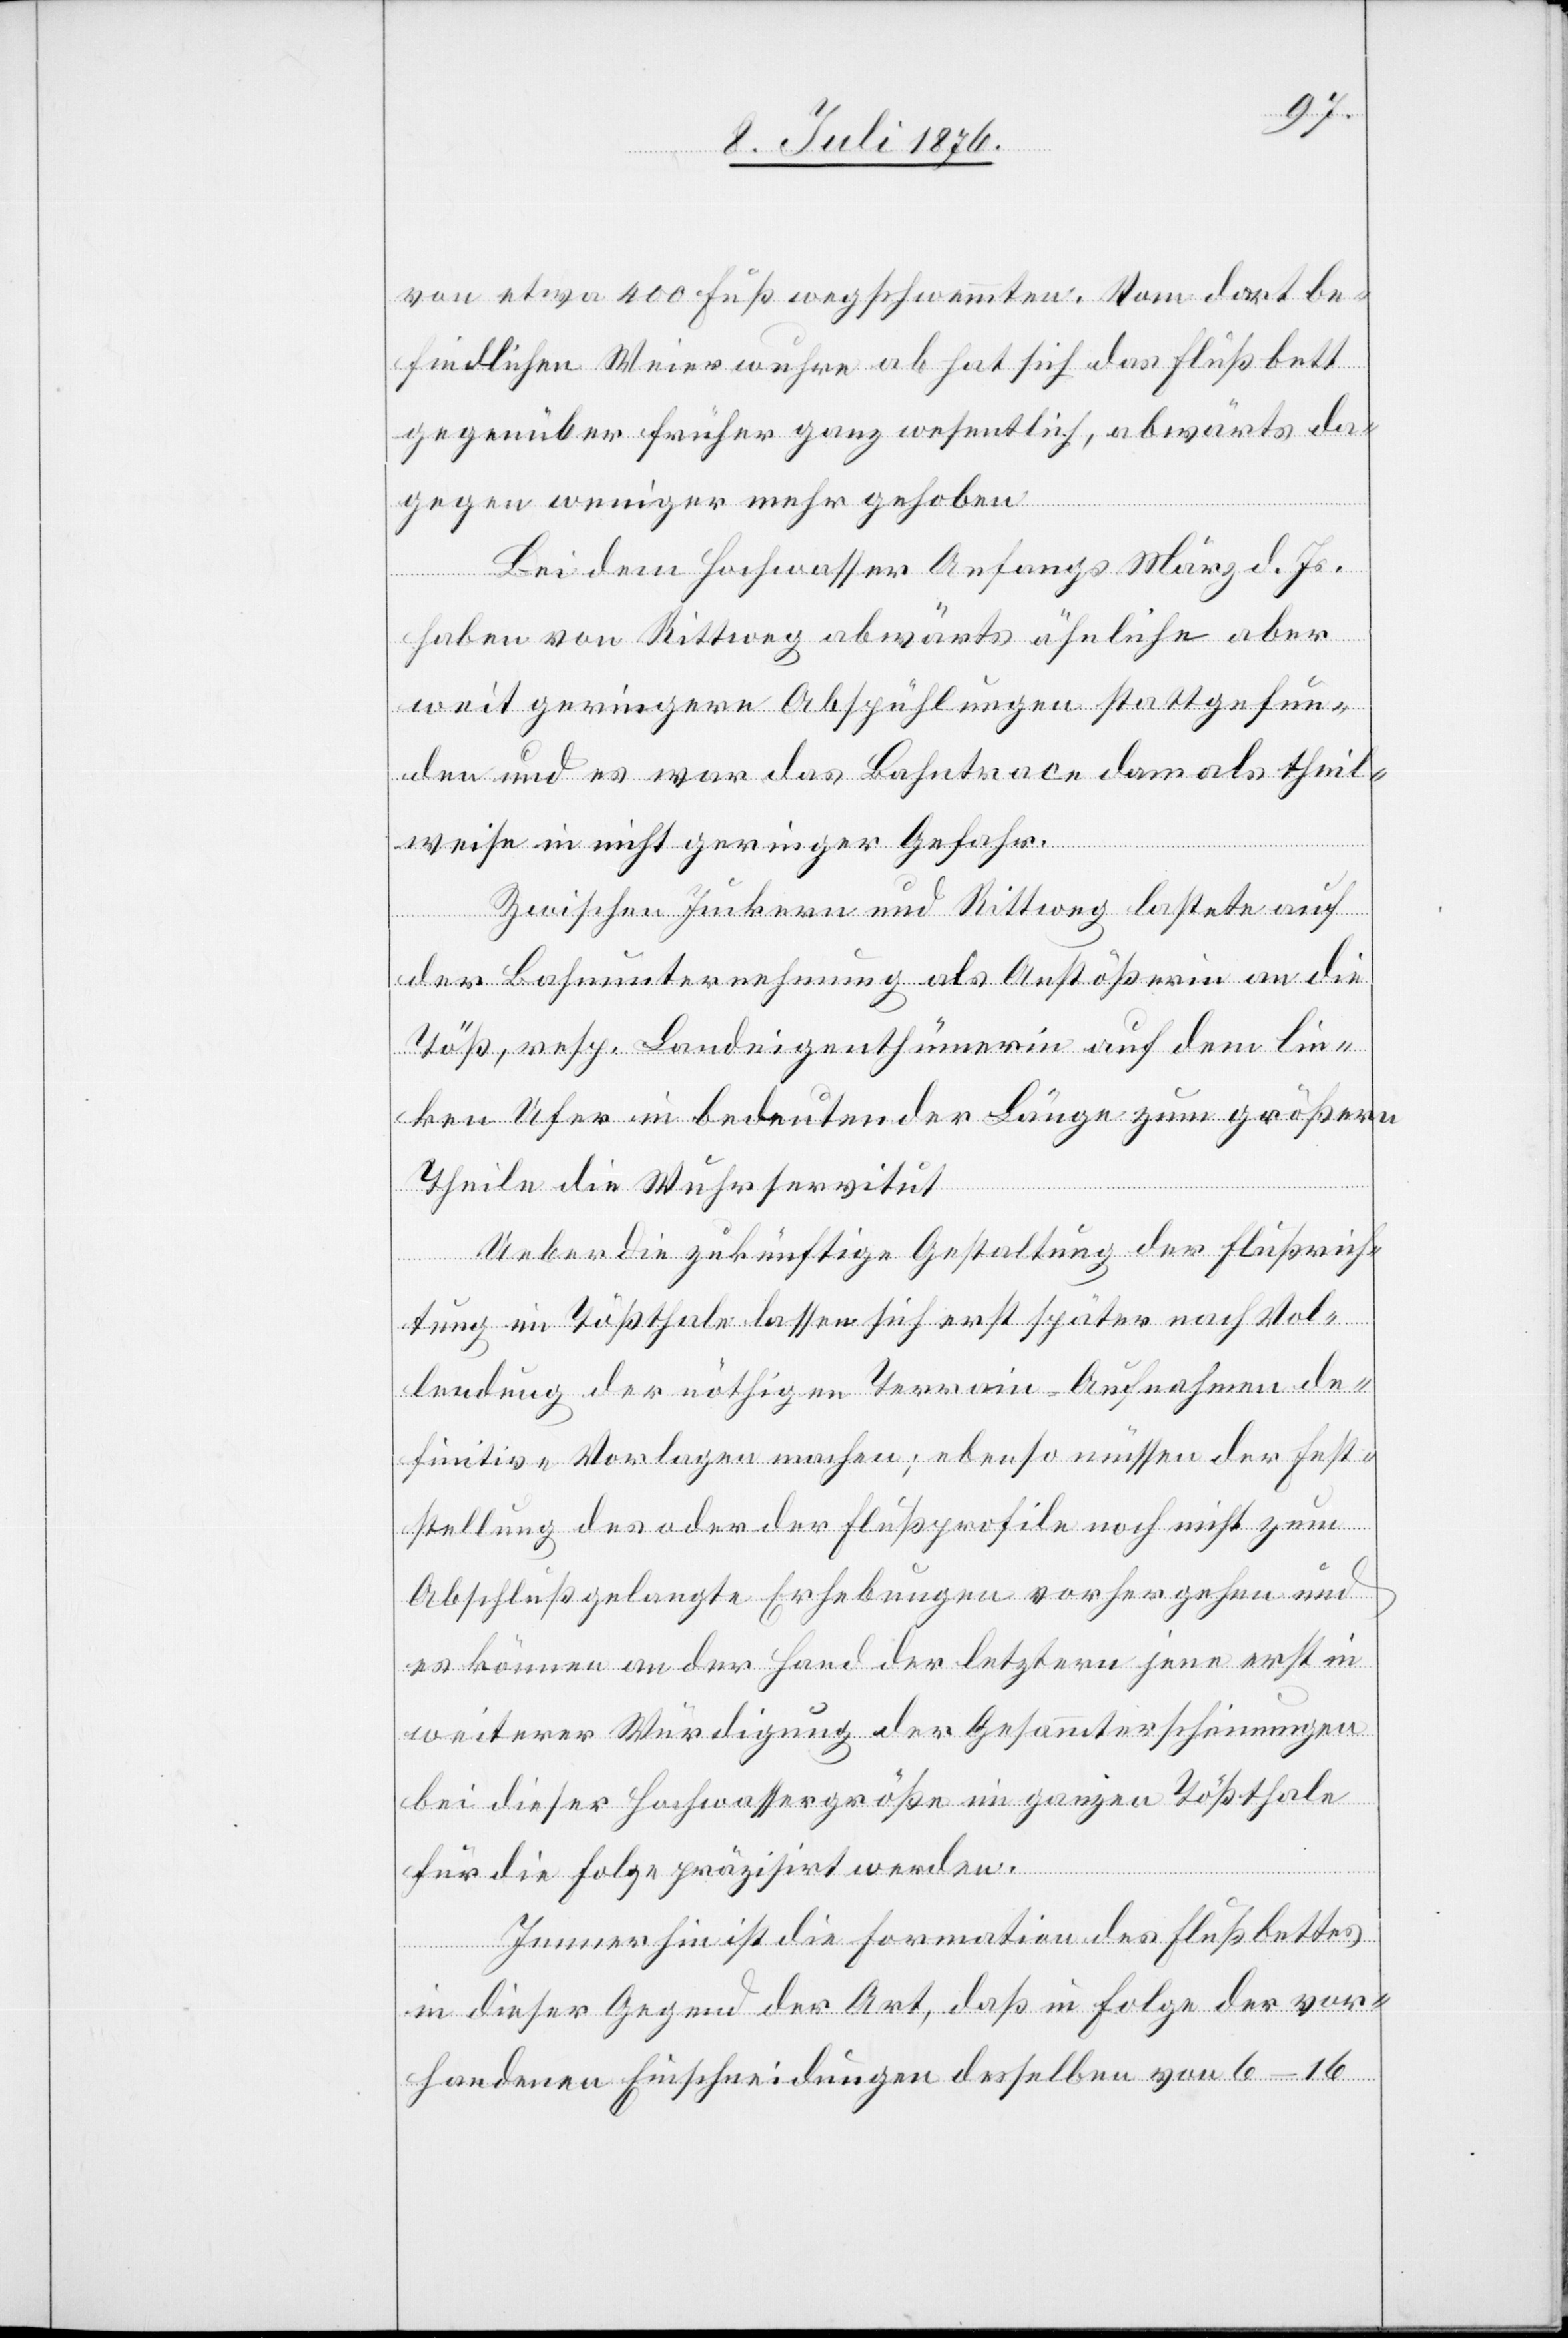
von etwa 400 Fuß wegschwemmten. Vom dort be¬
findlichen Weierwuhre ab hat sich das Flußbett
gegenüber früher ganz wesentlich, abwärts da¬
Bei dem Hochwasser Anfangs März d. Js.
haben von Rittweg abwärts ähnliche aber
weit geringere Abspühlungen stattgefun¬
den und es war das Bahntrace damals theil¬
weise in nicht geringer Gefahr.
Zwischen Juckern und Rittweg lastete auf
der Bahnunternehmung als Anstößerin auf dem
ken Ufer in bedeutender Länge zum größern
lin¬
Theile die Wuhrservitut.
Ueber die zukünftige Gestaltung der Flußrich¬
tung im Tößthale lassen sich erst später nach Vol¬
lendung der nöthigen Terrain-Aufnahmen de¬
finitive Vorlagen machen; ebenso müssen der Fest¬
stellung des oder der Flußprofile noch nicht zum
Abschluß gelangte Erhebungen vorhergehen und
es können an der Hand der letzten jene erst in
weiterer Würdigung der Gesammterscheinungen
bei dieser Hochwassergröße im ganzen Tößthale
für die Folge präzisirt werden.
Immerhin ist die Formation des Flußbettes
in dieser Gegend der Art, daß in Folge der vor¬
handenen Einschneidungen desselben von 6–16